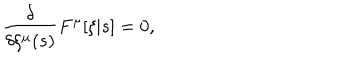
LaTeX: \frac { \delta } { \delta \xi ^ { \mu } ( s ) } F ^ { \mu } [ \xi | s ] = 0 ,